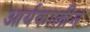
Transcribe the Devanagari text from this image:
आर्यकालीन